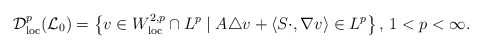
\begin{align*} \mathcal{D}^p_{\mathrm{loc}}(\mathcal{L}_0)=\left\{v\in W^{2,p}_{\mathrm{loc}}\cap L^p\mid A\triangle v + \left\langle S\cdot,\nabla v\right\rangle\in L^p\right\},\,1<p<\infty. \end{align*}